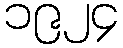
၁၉၂၄